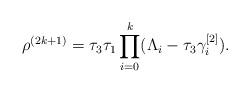
LaTeX: \begin{align*}\rho^{(2k+1)}= \tau_3 \tau_1 \prod_{i=0}^{k} (\Lambda_{i} - \tau_3 \gamma_{i}^{[2]}) .\end{align*}